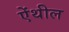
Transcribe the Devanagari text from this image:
ऐंथील